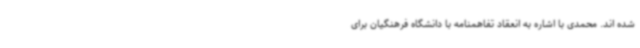
شده اند. محمدی با اشاره به انعقاد تفاهمنامه با دانشگاه فرهنگیان برای